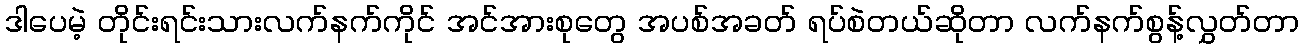
ဒါပေမဲ့ တိုင်းရင်းသားလက်နက်ကိုင် အင်အားစုတွေ အပစ်အခတ် ရပ်စဲတယ်ဆိုတာ လက်နက်စွန့်လွှတ်တာ